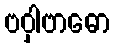
ဗဝှါဗာဓော